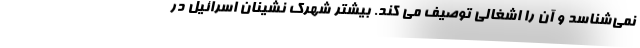
نمی‌شناسد و آن را اشغالی توصیف می کند. بیشتر شهرک نشینان اسرائیل در